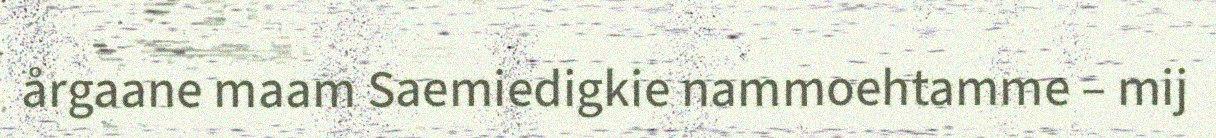
årgaane maam Saemiedigkie nammoehtamme – mij